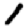
Digit: 1